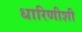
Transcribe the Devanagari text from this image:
धारिणीशी